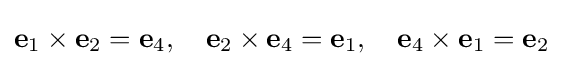
\mathbf {e} _{1}\times \mathbf {e} _{2}=\mathbf {e} _{4},\quad \mathbf {e} _{2}\times \mathbf {e} _{4}=\mathbf {e} _{1},\quad \mathbf {e} _{4}\times \mathbf {e} _{1}=\mathbf {e} _{2}